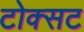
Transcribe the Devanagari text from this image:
टोक्सट